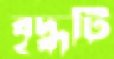
বৃদ্ধটি